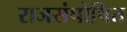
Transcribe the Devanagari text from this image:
राजसंपोषित